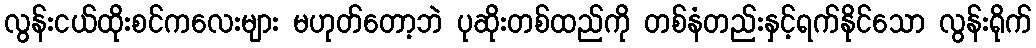
လွန်းငယ်ထိုးစင်ကလေးများ မဟုတ်တော့ဘဲ ပုဆိုးတစ်ထည်ကို တစ်နံတည်းနှင့်ရက်နိုင်သော လွန်းရိုက်